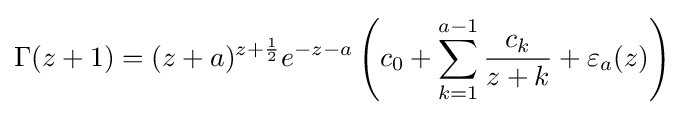
\Gamma (z+1)=(z+a)^{z+{\frac {1}{2}}}e^{-z-a}\left(c_{0}+\sum _{k=1}^{a-1}{\frac {c_{k}}{z+k}}+\varepsilon _{a}(z)\right)